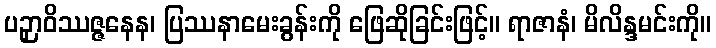
ပဉှာဝိဿဇ္ဇနေန၊ ပြဿနာမေးခွန်းကို ဖြေဆိုခြင်းဖြင့်။ ရာဇာနံ၊ မိလိန္ဒမင်းကို။